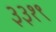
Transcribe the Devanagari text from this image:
३३१९